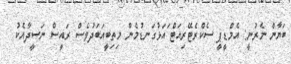
ބަޔާން ނެރުނީ: އެމްޑީޕީ ސެކްރެޓޭރިއަޓް ަައަޅުގަނޑުމެން މިތިބީއަބަދުވެސް ރައީސް ނަސީދާއެކު